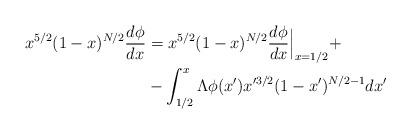
LaTeX: \begin{align*}x^{5/2}(1-x)^{N/2}\frac{d\phi}{dx}&=x^{5/2}(1-x)^{N/2}\frac{d\phi}{dx}\Big|_{x=1/2} +\\&-\int_{1/2}^x\Lambda\phi(x')x'^{3/2}(1-x')^{N/2-1}dx'\end{align*}